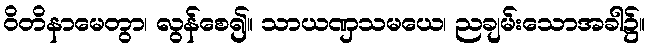
ဝိတိနာမေတွာ၊ လွန်စေ၍။ သာယဏှသမယေ၊ ညချမ်းသောအခါ၌။